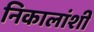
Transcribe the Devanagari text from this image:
निकालांशी